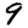
Digit: 9